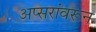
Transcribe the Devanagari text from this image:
अप्सरांवरून